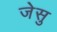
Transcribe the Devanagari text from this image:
जेसु